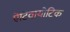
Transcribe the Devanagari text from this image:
ऐंटिवायोटिक